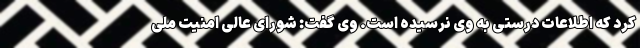
کرد که اطلاعات درستی به وی نرسیده است. وی گفت: شورای عالی امنیت ملی